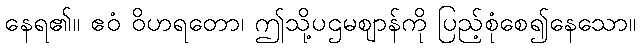
နေရ၏။ ဧဝံ ဝိဟရတော၊ ဤသို့ပဌမဈာန်ကို ပြည့်စုံစေ၍နေသော။